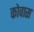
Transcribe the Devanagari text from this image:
कोवास